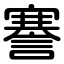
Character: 謇